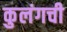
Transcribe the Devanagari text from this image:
कुलंगची